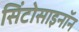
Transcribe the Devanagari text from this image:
सिंटोसाइनॉन